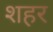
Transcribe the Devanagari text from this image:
श्‍ाहर